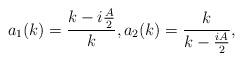
LaTeX: \begin{align*} a_1(k)=\frac{k-i\frac{A}{2}}{k}, a_2(k)=\frac{k}{k-\frac{iA}{2}}, \end{align*}